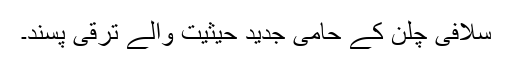
سلافی چلن کے حامی جدید حیثیت والے ترقی پسند۔